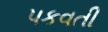
પકવતી